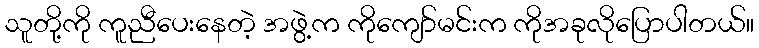
သူတို့ကို ကူညီပေးနေတဲ့ အဖွဲ့က ကိုကျော်မင်းက ကိုအခုလိုပြောပါတယ်။